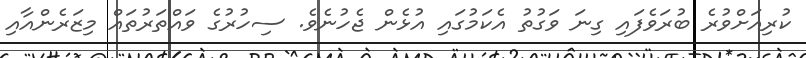
ކުރިއަށްވުރެ ބުރަވެފައި ގިނަ ވަގުތު އެކަމުގައި އުޅެން ޖެހުނެވެ. ސިހުރުގެ ވައްތަރުތައް މިޒަރެންއާއި